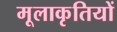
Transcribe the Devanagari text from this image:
मूलाकृतियों